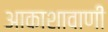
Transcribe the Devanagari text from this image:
आकाशावाणी